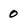
Character: 0